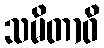
သမိတာဝိ